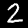
Digit: 2